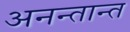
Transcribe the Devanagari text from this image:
अनन्तान्त